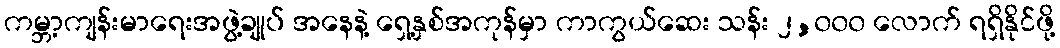
ကမ္ဘာ့ကျန်းမာရေးအဖွဲ့ချုပ် အနေနဲ့ ရှေ့နှစ်အကုန်မှာ ကာကွယ်ဆေး သန်း ၂,၀၀၀ လောက် ရရှိနိုင်ဖို့